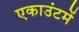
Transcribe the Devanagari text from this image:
एकाउंटमें